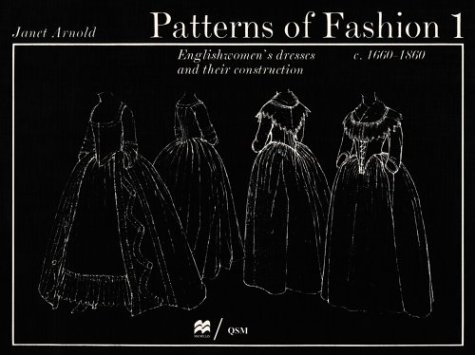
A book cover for Patterns of Fashion 1: Englishwomen's Dresses and Their Construction C. 1660-1860; Janet Arnold; Arts & Photography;